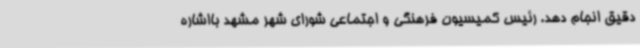
دقیق انجام دهد. رئیس کمیسیون فرهنگی و اجتماعی شورای شهر مشهد بااشاره